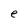
Character: e